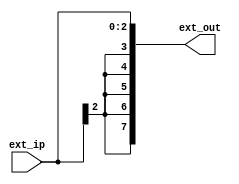
`timescale 1ns / 1ps
module sign_extension( input [2:0] ext_ip,output reg [7:0] ext_out);

always @(*) begin
 ext_out = {{5{ext_ip[2]}},ext_ip};
end

endmodule